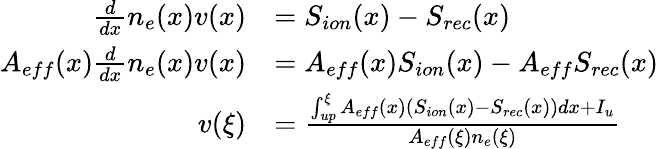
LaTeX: \begin{array}{rl}{\frac{d}{dx}n_{e}(x)v(x)}&{=S_{ion}(x)-S_{rec}(x)}\\ {A_{eff}(x)\frac{d}{dx}n_{e}(x)v(x)}&{=A_{eff}(x)S_{ion}(x)-A_{eff}S_{rec}(x)}\\ {v(\xi)}&{=\frac{\int_{up}^{\xi}A_{eff}(x)(S_{ion}(x)-S_{rec}(x))dx+I_{u}}{A_{eff}(\xi)n_{e}(\xi)}}\end{array}